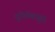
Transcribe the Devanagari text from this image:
दुनियेपासून